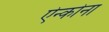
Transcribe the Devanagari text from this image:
ऐन्कोना